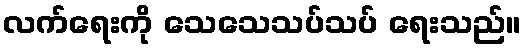
လက်ရေးကို သေသေသပ်သပ် ရေးသည်။